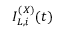
I _ { L , i } ^ { ( X ) } ( t )